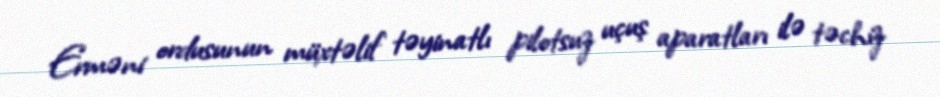
Erməni ordusunun müxtəlif təyinatlı pilotsuz uçuş aparatları ilə təchiz